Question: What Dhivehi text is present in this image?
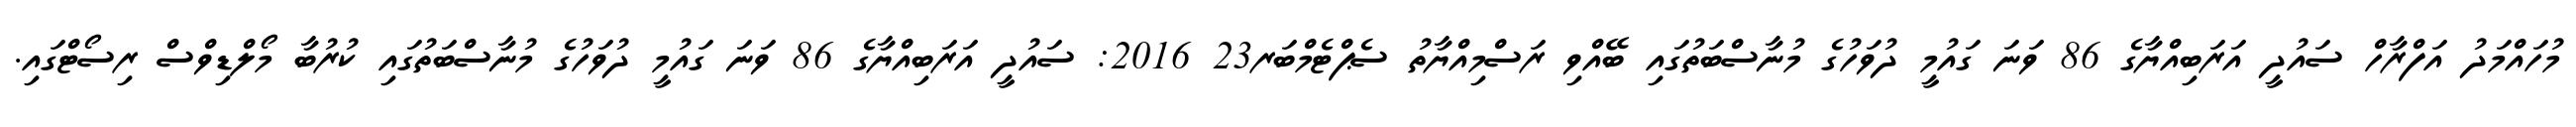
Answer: މުހައްމަދު އަފްރާހް ސައުދީ އަރަބިއްޔާގެ 86 ވަނަ ގައުމީ ދުވަހުގެ މުނާސްބަތުގައި ބޭއްވި ރަސްމިއްޔާތު ސެޕްޓެމްބަރ23 2016: ސައުދީ އަރަބިއްޔާގެ 86 ވަނަ ގައުމީ ދުވަހުގެ މުނާސްބަތުގައި ކުރުބާ މޯލްޑިވްސް ރިސޯޓްގައި.